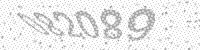
Solution: 082089